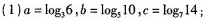
(1)$$a=\log_{3}6$$，$$b=\log_{5}10$$，$$c=\log_{7}14$$；